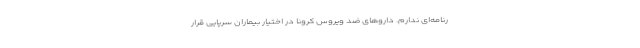
رنامه‌ای ندارم. داروهای ضد ویروس کرونا در اختیار بیماران سرپایی قرار